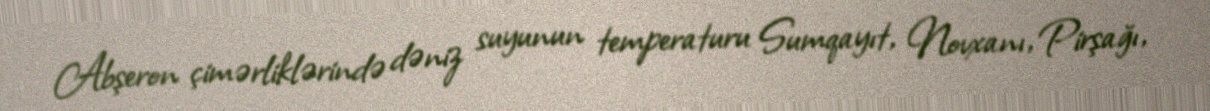
Abşeron çimərliklərində dəniz suyunun temperaturu Sumqayıt, Novxanı, Pirşağı,